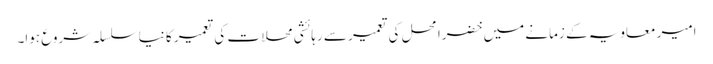
امیر معاویہ کے زمانے میں خضرا محل کی تعمیر سے رہائشی محلات کی تعمیر کا نیا سلسلہ شروع ہوا۔